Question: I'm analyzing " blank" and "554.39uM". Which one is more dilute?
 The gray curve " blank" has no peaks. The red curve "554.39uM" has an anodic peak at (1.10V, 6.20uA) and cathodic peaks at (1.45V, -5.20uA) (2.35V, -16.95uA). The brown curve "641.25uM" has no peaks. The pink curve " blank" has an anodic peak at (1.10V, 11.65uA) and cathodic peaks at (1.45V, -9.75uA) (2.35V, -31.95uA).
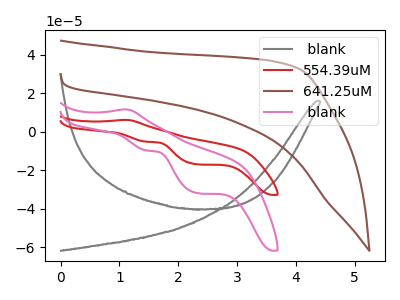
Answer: <think>All the peaks in " blank" have a peak in "554.39uM" at the same potential. Every peak in " blank" is higher than every peak in "554.39uM".
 </think>
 <answer>" blank" has more signal than "554.39uM" and so likely has a higher concentration.</answer>
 <eval>more_concentration</eval>